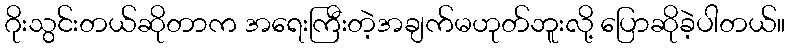
ဂိုးသွင်းတယ်ဆိုတာက အရေးကြီးတဲ့အချက်မဟုတ်ဘူးလို့ ပြောဆိုခဲ့ပါတယ်။